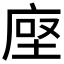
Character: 𫝷